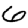
Digit: 6